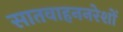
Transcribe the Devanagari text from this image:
सातवाहननरेशों